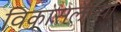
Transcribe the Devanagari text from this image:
विकासलेल्या